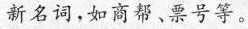
新名词，如商帮、票号等。